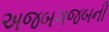
અજબગજબની